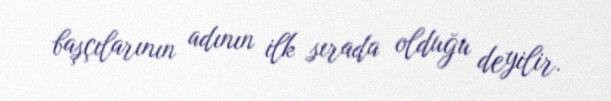
başçılarının adının ilk sırada olduğu deyilir.